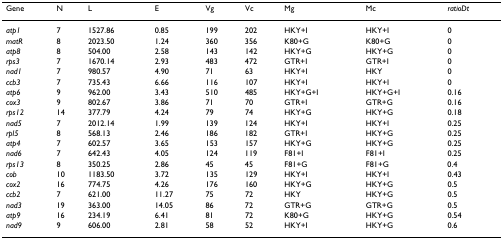
<table><thead><tr><td><b>Gene</b></td><td><b>N</b></td><td><b>L</b></td><td><b>E</b></td><td><b>Vg</b></td><td><b>Vc</b></td><td><b>Mg</b></td><td><b>Mc</b></td><td><b><i>ratioDt</i></b></td></tr></thead><tbody><tr><td><i>atp1</i></td><td>7</td><td>1527.86</td><td>0.85</td><td>199</td><td>202</td><td>HKY+I</td><td>HKY+I</td><td>0</td></tr><tr><td><i>matR</i></td><td>8</td><td>2023.50</td><td>1.24</td><td>360</td><td>356</td><td>K80+G</td><td>K80+G</td><td>0</td></tr><tr><td><i>atp8</i></td><td>8</td><td>504.00</td><td>2.58</td><td>143</td><td>142</td><td>HKY+G</td><td>HKY+G</td><td>0</td></tr><tr><td><i>rps3</i></td><td>7</td><td>1670.14</td><td>2.93</td><td>483</td><td>472</td><td>GTR+I</td><td>GTR+I</td><td>0</td></tr><tr><td><i>nad1</i></td><td>7</td><td>980.57</td><td>4.90</td><td>71</td><td>63</td><td>HKY+I</td><td>HKY</td><td>0</td></tr><tr><td><i>ccb3</i></td><td>7</td><td>735.43</td><td>6.66</td><td>116</td><td>107</td><td>HKY+I</td><td>HKY+I</td><td>0</td></tr><tr><td><i>atp6</i></td><td>9</td><td>962.00</td><td>3.43</td><td>510</td><td>485</td><td>HKY+G+I</td><td>HKY+G+I</td><td>0.16</td></tr><tr><td><i>cox3</i></td><td>9</td><td>802.67</td><td>3.86</td><td>71</td><td>70</td><td>GTR+I</td><td>GTR+G</td><td>0.16</td></tr><tr><td><i>rps12</i></td><td>14</td><td>377.79</td><td>4.24</td><td>79</td><td>74</td><td>HKY+G</td><td>HKY+G</td><td>0.18</td></tr><tr><td><i>nad5</i></td><td>7</td><td>2012.14</td><td>1.99</td><td>139</td><td>124</td><td>HKY+I</td><td>HKY+I</td><td>0.25</td></tr><tr><td><i>rpl5</i></td><td>8</td><td>568.13</td><td>2.46</td><td>186</td><td>182</td><td>GTR+I</td><td>HKY+G</td><td>0.25</td></tr><tr><td><i>atp4</i></td><td>7</td><td>602.57</td><td>3.65</td><td>153</td><td>157</td><td>HKY+G</td><td>HKY+G</td><td>0.25</td></tr><tr><td><i>nad6</i></td><td>7</td><td>642.43</td><td>4.05</td><td>124</td><td>119</td><td>F81+I</td><td>F81+I</td><td>0.25</td></tr><tr><td><i>rps13</i></td><td>8</td><td>350.25</td><td>2.86</td><td>45</td><td>45</td><td>F81+G</td><td>F81+G</td><td>0.4</td></tr><tr><td><i>cob</i></td><td>10</td><td>1183.50</td><td>3.72</td><td>135</td><td>129</td><td>HKY+I</td><td>HKY+I</td><td>0.43</td></tr><tr><td><i>cox2</i></td><td>16</td><td>774.75</td><td>4.26</td><td>176</td><td>160</td><td>HKY+G</td><td>HKY+G</td><td>0.5</td></tr><tr><td><i>ccb2</i></td><td>7</td><td>621.00</td><td>11.27</td><td>75</td><td>72</td><td>HKY</td><td>HKY+G</td><td>0.5</td></tr><tr><td><i>nad3</i></td><td>19</td><td>363.00</td><td>14.05</td><td>86</td><td>72</td><td>GTR+G</td><td>GTR+G</td><td>0.5</td></tr><tr><td><i>atp9</i></td><td>16</td><td>234.19</td><td>6.41</td><td>81</td><td>72</td><td>K80+G</td><td>HKY+G</td><td>0.54</td></tr><tr><td><i>nad9</i></td><td>9</td><td>606.00</td><td>2.81</td><td>58</td><td>52</td><td>HKY+I</td><td>HKY+G</td><td>0.6</td></tr></tbody></table>